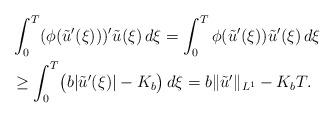
LaTeX: \begin{align*}&\int_{0}^{T} (\phi(\tilde{u}'(\xi)))' \tilde{u}(\xi) \,d\xi =\int_{0}^{T} \phi(\tilde{u}'(\xi)) \tilde{u}'(\xi) \,d\xi \\&\geq \int_{0}^{T} \bigl{(}b|\tilde{u}'(\xi)|-K_{b}\bigr{)} \,d\xi= b\|\tilde{u}'\|_{L^{1}}-K_{b}T.\end{align*}